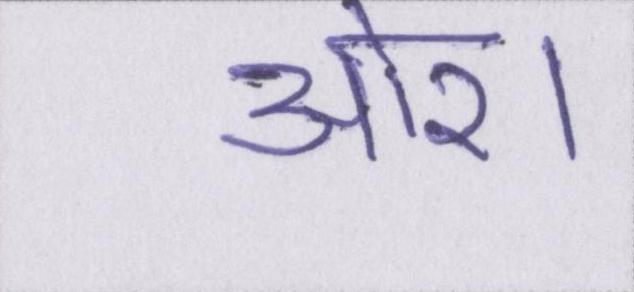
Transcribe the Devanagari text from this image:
ओर।